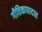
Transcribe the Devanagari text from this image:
गीतिकापादात